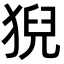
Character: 猊